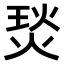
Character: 𤊇